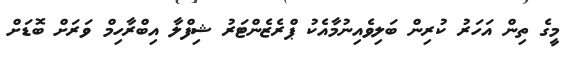
މީގެ ތިން އަހަރު ކުރިން ބަލިވެއިނުމާއެކު ޕްރެޒެންޓަރު ޝިފްލާ އިބްރާހިމް ވަރަށް ބޮޑަށް